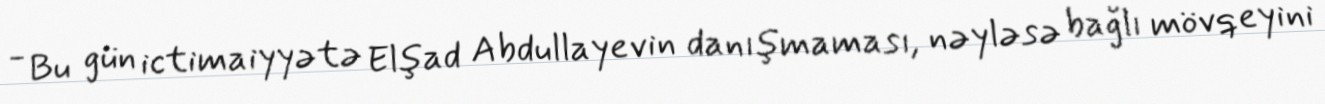
- Bu gün ictimaiyyətə Elşad Abdullayevin danışmaması, nəyləsə bağlı mövqeyini